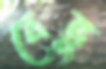
বেভু